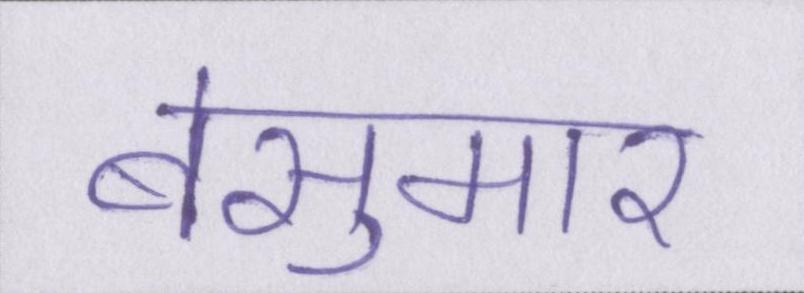
बेसुमार